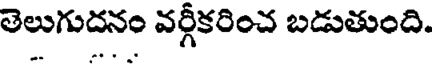
తెలుగుదనం వర్గీకరించ బడుతుంది.